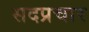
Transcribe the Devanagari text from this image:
सदप्रचार